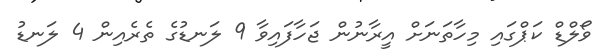
ވޯލްޑް ކަޕްގައި މިހާތަނަށް އީރާނުން ޖަހާފައިވާ 9 ލަނޑުގެ ތެރެއިން 4 ލަނޑު